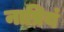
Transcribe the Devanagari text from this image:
नाप्रियं